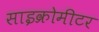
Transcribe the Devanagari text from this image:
साइक्रोमीटर